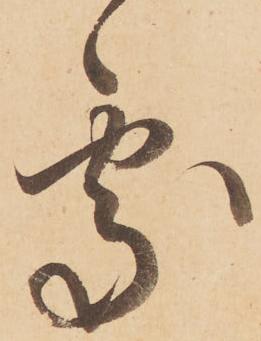
處